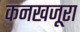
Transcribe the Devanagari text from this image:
कनखजूरा